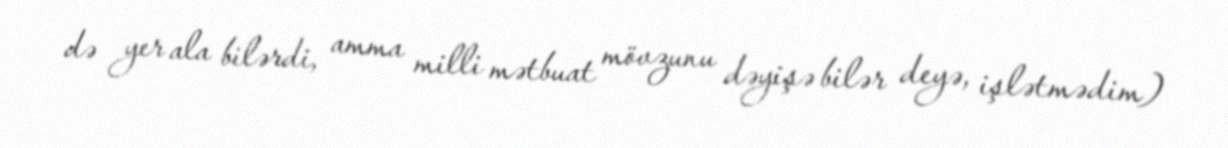
də yer ala bilərdi, amma milli mətbuat mövzunu dəyişə bilər deyə, işlətmədim)